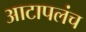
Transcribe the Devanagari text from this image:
आटापलंच